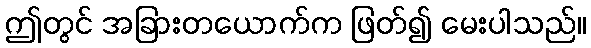
ဤတွင် အခြားတယောက်က ဖြတ်၍ မေးပါသည်။